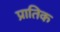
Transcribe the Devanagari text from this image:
प्रातिक